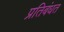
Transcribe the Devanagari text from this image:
प्रतिबंधत